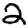
Digit: 2